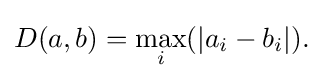
D(a,b)=\max _{i}(|a_{i}-b_{i}|).\